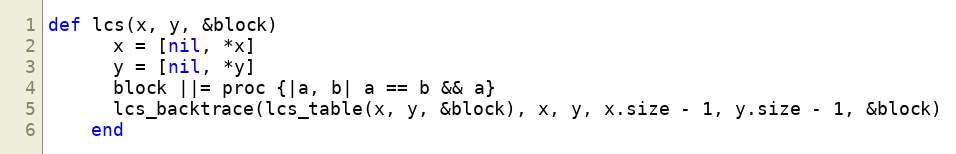
Language: Ruby
def lcs(x, y, &block)
      x = [nil, *x]
      y = [nil, *y]
      block ||= proc {|a, b| a == b && a}
      lcs_backtrace(lcs_table(x, y, &block), x, y, x.size - 1, y.size - 1, &block)
    end